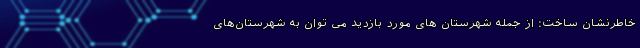
خاطرنشان ساخت: از جمله شهرستان های مورد بازدید می توان به شهرستان‌های